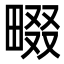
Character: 畷